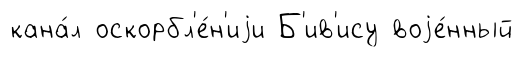
кана́л оскорбл'е́н'иjи Б'ив'ису воjе́нный